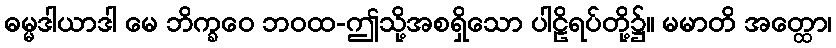
ဓမ္မဒါယာဒါ မေ ဘိက္ခဝေ ဘဝထ-ဤသို့အစရှိသော ပါဠိရပ်တို့၌။ မမာတိ အတ္ထော၊